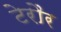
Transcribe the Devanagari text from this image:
टेरौर